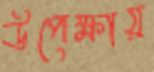
উপেক্ষায়